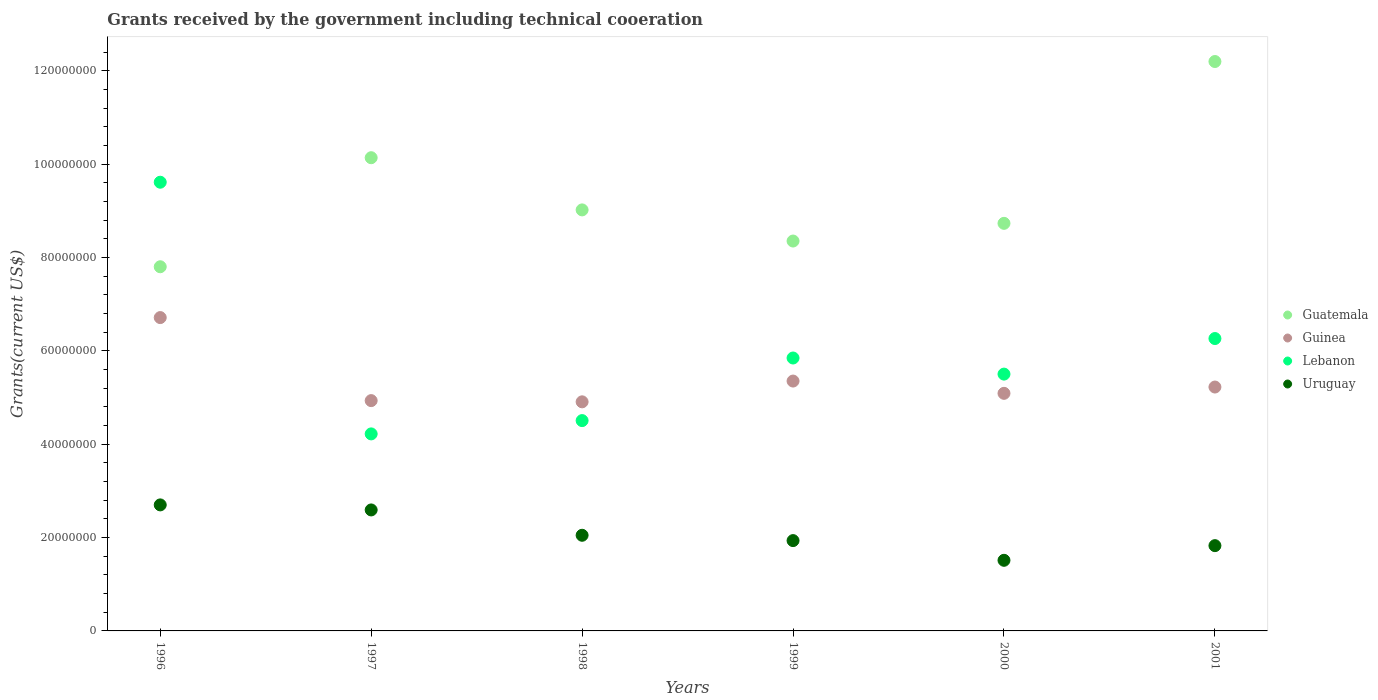
| Years | Guatemala | Guinea | Lebanon | Uruguay |
 | --- | --- | --- | --- | --- |
 | 1996 | 7.8e+07 | 6.71e+07 | 9.61e+07 | 2.7e+07 |
 | 1997 | 1.01e+08 | 4.93e+07 | 4.22e+07 | 2.59e+07 |
 | 1998 | 9.02e+07 | 4.91e+07 | 4.51e+07 | 2.05e+07 |
 | 1999 | 8.35e+07 | 5.35e+07 | 5.85e+07 | 1.94e+07 |
 | 2000 | 8.73e+07 | 5.09e+07 | 5.5e+07 | 1.51e+07 |
 | 2001 | 1.22e+08 | 5.22e+07 | 6.26e+07 | 1.83e+07 |